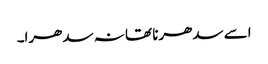
اسے سدھرنا تھا نہ سدھرا۔